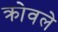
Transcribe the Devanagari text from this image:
क्रोवले